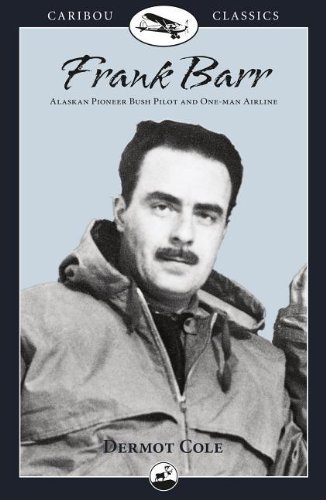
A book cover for Frank Barr: Alaskan Pioneer Bush Pilot and One-man Airline (Caribou Classics); Dermot Cole; Biographies & Memoirs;